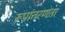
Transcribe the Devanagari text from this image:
रूपांतरणता